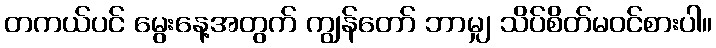
တကယ်ပင် မွေးနေ့အတွက် ကျွန်တော် ဘာမျှ သိပ်စိတ်မဝင်စားပါ။